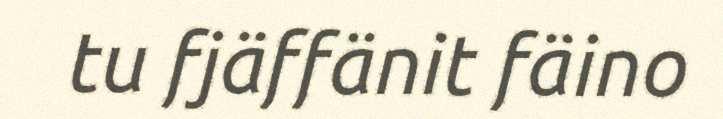
tu fjäffänit fäino